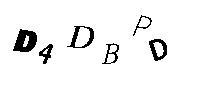
D4DBPD